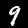
Digit: 9